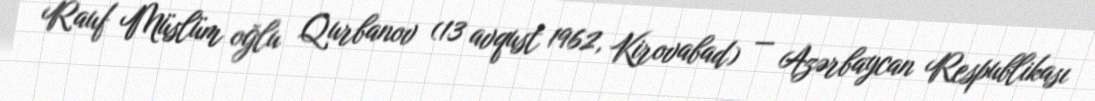
Rauf Müslüm oğlu Qurbanov (13 avqust 1962, Kirovabad) — Azərbaycan Respublikası